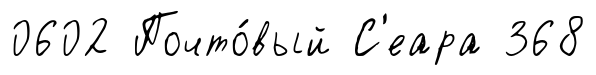
0602 Почто́вый С'еара 368